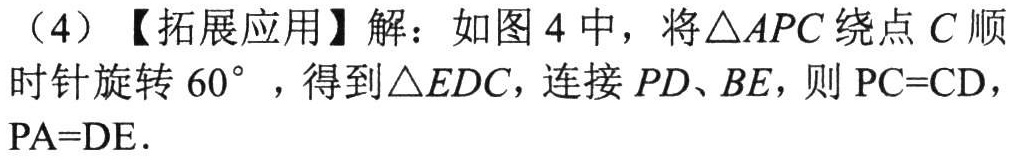
（4）【拓展应用】解：如图4中，将\(\triangle APC\)绕点\(C\)顺时针旋转\(60^{\circ}\)，得到\(\triangle EDC\)，连接\(PD、BE\)，则\(PC = CD\)，\(PA = DE\)．